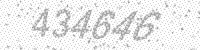
Solution: 434646